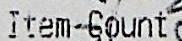
ITEM COUNT